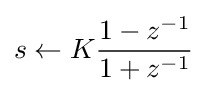
s\leftarrow K{\frac {1-z^{-1}}{1+z^{-1}}}